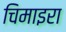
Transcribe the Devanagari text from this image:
चिमाइरा